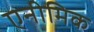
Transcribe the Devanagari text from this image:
एनीमिक